Report of the Indian Hemp Drugs Commission, 1894-1895 - Volume IV
Year: 1894
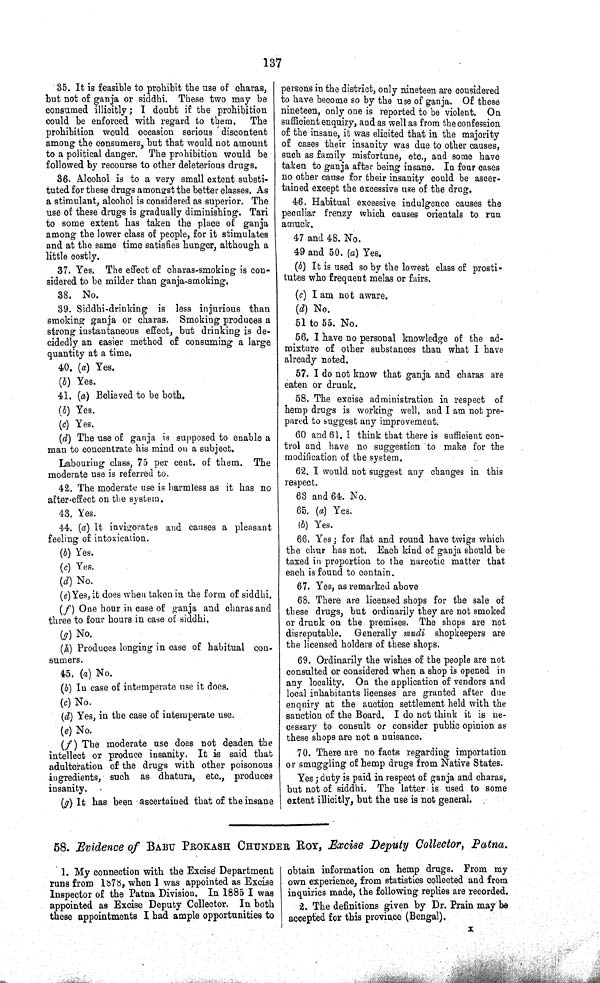
137
35. It is feasible to prohibit the use of charas,
but not of ganja or siddhi. These two may be
consumed illicitly; I doubt if the prohibition
could be enforced with regard to them. The
prohibition would occasion serious discontent
among the consumers, but that would not amount
to a political danger. The prohibition would be
followed by recourse to other deleterious drugs.
36. Alcohol is to a very small extent substi¬
tuted for these drugs amongst the better classes. As
a stimulant, alcohol is considered as superior. The
use of these drugs is gradually diminishing. Tari
to some extent has taken the place of ganja
among the lower class of people, for it stimulates
and at the same time satisfies hunger, although a
little costly.
37. Yes. The effect of charas-smoking is con¬
sidered to be milder than ganja-smoking.
38. No.
39. Siddhi-drinking is less injurious than
smoking ganja or charas. Smoking produces a
strong instantaneous effect, but drinking is de¬
cidedly an easier method of consuming a large
quantity at a time.
40. (a) Yes.
(b) Yes.
41. (a) Believed to be both.
(b) Yes.
(c) Yes.
(d) The use of ganja is supposed to enable a
man to concentrate his mind on a subject.
Labouring class, 75 per cent. of them. The
moderate use is referred to.
42. The moderate use is harmless as it has no
after-effect on the system.
43. Yes.
44. (a) It invigorates and causes a pleasant
feeling of intoxication.
(b) Yes.
(c) Yes.
(d) No.
(e) Yes, it does when taken in the form of siddhi.
(f ) One hour in case of ganja and charas and
three to four hours in case of siddhi,
(g) No.
(h) Produces longing in case of habitual con-
sumers.
45. (a) No.
(b) In case of intemperate use it does.
(c) No.
(d) Yes, in the case of intemperate use.
(e) No.
(f) The moderate use does not deaden the
intellect or produce insanity. It is said that
adulteration of the drugs with other poisonous
ingredients, such as dhatura, etc., produces
insanity.
(g) It has been ascertained that of the insane
persons in the district, only nineteen are considered
to have become so by the use of ganja. Of these
nineteen, only one is reported to be violent. On
sufficient enquiry, and as well as from the confession
of the insane, it was elicited that in the majority
of cases their insanity was due to other causes,
such as family misfortune, etc., and some have
taken to ganja after being insane. In four cases
no other cause for their insanity could be ascer¬
tained except the excessive use of the drug.
46. Habitual excessive indulgence causes the
peculiar frenzy which causes orientals to run
amuck.
47 and 48. No.
49 and 50. (a) Yes.
(b) It is used so by the lowest class of prosti¬
tutes who frequent melas or fairs.
(c) I am not aware.
(d) No.
51 to 55. No.
56. I have no personal knowledge of the ad¬
mixture of other substances than what I have
already noted.
57. I do not know that ganja and charas are
eaten or drunk.
58. The excise administration in respect of
hemp drugs is working well, and I am not pre¬
pared to suggest any improvement.
60 and 61. I think that there is sufficient con¬
trol and have no suggestion to make for the
modification of the system.
62. I would not suggest any changes in this
respect.
63 and 64. No.
65. (a) Yes.
(b) Yes.
66. Yes; for flat and round have twigs which
the chur has not. Each kind of ganja should be
taxed in proportion to the narcotic matter that
each is found to contain.
67. Yes, as remarked above
68. There are licensed shops for the sale of
these drugs, but ordinarily they are not smoked
or drunk on the premises. The shops are not
disreputable. Generally mudi shopkeepers are
the licensed holders of these shops.
69. Ordinarily the wishes of the people are not
consulted or considered when a shop is opened in
any locality. On the application of vendors and
local inhabitants licenses are granted after due
enquiry at the auction settlement held with the
sanction of the Board. I do not think it is ne¬
cessary to consult or consider public opinion as
these shops are not a nuisance.
70. There are no facts regarding importation
or smuggling of hemp drugs from Native States.
Yes; duty is paid in respect of ganja and charas,
but not of siddhi. The latter is used to some
extent illicitly, but the use is not general.
58. Evidence of BABU PROKASH CHUNDER ROY, Excise Deputy Collector, Patna.
1. My connection with the Excise Department
runs from 1878, when 1 was appointed as Excise
Inspector of the Patna Division. In 1885 I was
appointed as Excise Deputy Collector. In both
these appointments I had ample opportunities to
obtain information on hemp drugs. From my
own experience, from statistics collected and from
inquiries made, the following replies are recorded.
2. The definitions given by Dr. Prain may be
accepted for this province (Bengal).
X